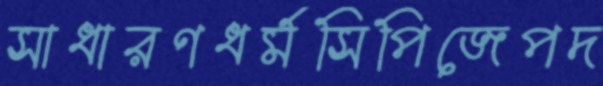
সাধারণধর্মসিপিজেপদ